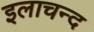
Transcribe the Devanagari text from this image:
इलाचन्द